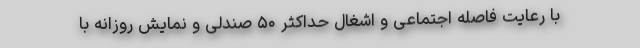
با رعایت فاصله اجتماعی و اشغال حداکثر ۵۰ صندلی و نمایش روزانه با